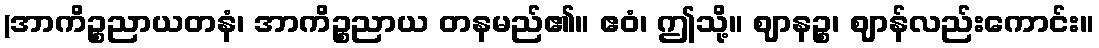
(အာကိဉ္စညာယတနံ၊ အာကိဉ္စညာယ တနမည်၏။ ဧဝံ၊ ဤသို့။ ဈာနဉ္စ၊ ဈာန်လည်းကောင်း။